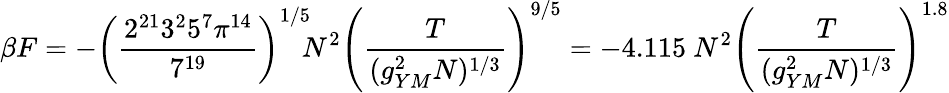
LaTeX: \beta F=-\left({\frac{2^{21}3^{2}5^{7}\pi^{14}}{7^{19}}}\right)^{1/5}\! \! N^{2}\left({\frac{T}{(g_{YM}^{2}N)^{1/3}}}\right)^{9/5}=-4.115~N^{2}\left({\frac{T}{(g_{YM}^{2}N)^{1/3}}}\right)^{1.8}